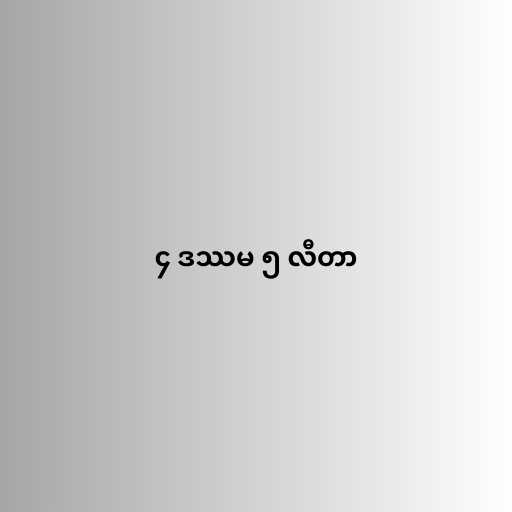
၄ ဒဿမ ၅ လီတာ